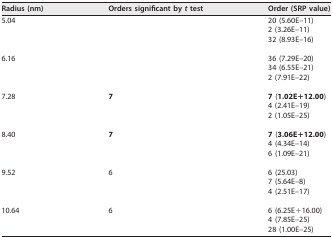
<table><thead><tr><td><b>Radius (nm)</b></td><td><b>Orders significant by <i>t</i> test</b></td><td><b>Order (SRP value)</b></td></tr></thead><tbody><tr><td rowspan="3">5.04</td><td></td><td>20 (5.60E–11)</td></tr><tr><td></td><td>2 (3.26E–11)</td></tr><tr><td></td><td>32 (8.93E–16)</td></tr><tr><td rowspan="3">6.16</td><td></td><td>36 (7.29E–20)</td></tr><tr><td></td><td>34 (6.55E–21)</td></tr><tr><td></td><td>2 (7.91E–22)</td></tr><tr><td rowspan="3">7.28</td><td><b>7</b></td><td><b>7</b> (<b>1.02E+12.00</b>)</td></tr><tr><td></td><td>4 (2.41E–19)</td></tr><tr><td></td><td>2 (1.05E–25)</td></tr><tr><td rowspan="3">8.40</td><td><b>7</b></td><td><b>7</b> (<b>3.06E+12.00</b>)</td></tr><tr><td></td><td>4 (4.34E–14)</td></tr><tr><td></td><td>6 (1.09E–21)</td></tr><tr><td rowspan="3">9.52</td><td>6</td><td>6 (25.03)</td></tr><tr><td></td><td>7 (5.64E–8)</td></tr><tr><td></td><td>4 (2.51E–17)</td></tr><tr><td rowspan="3">10.64</td><td>6</td><td>6 (6.25E+16.00)</td></tr><tr><td></td><td>4 (7.85E–25)</td></tr><tr><td></td><td>28 (1.00E–25)</td></tr></tbody></table>